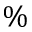
\%